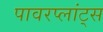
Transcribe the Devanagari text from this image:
पावरप्लांट्स